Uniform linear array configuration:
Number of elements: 8
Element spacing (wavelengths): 1
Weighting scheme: exponential
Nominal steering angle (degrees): -45
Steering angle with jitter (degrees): -43.47
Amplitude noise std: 0.05
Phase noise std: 0.05

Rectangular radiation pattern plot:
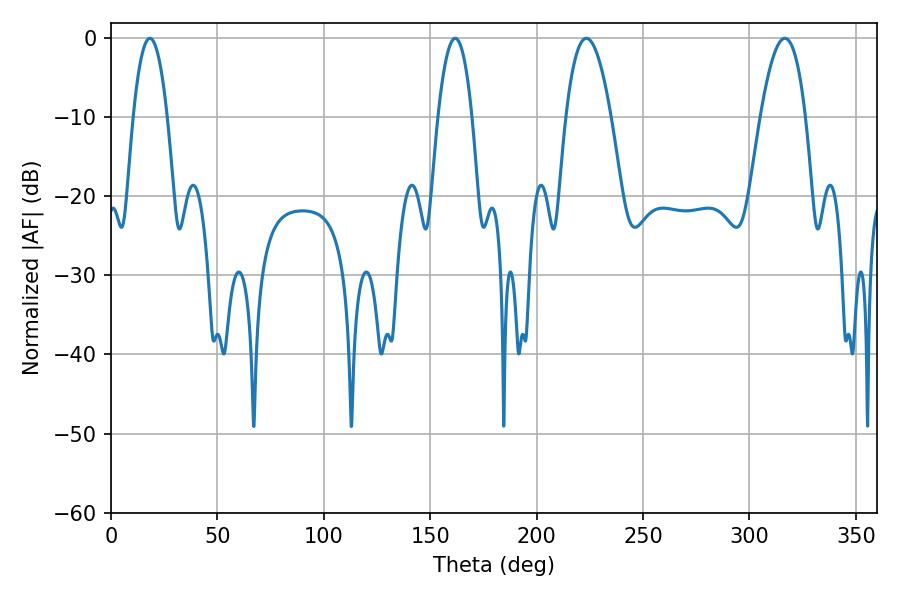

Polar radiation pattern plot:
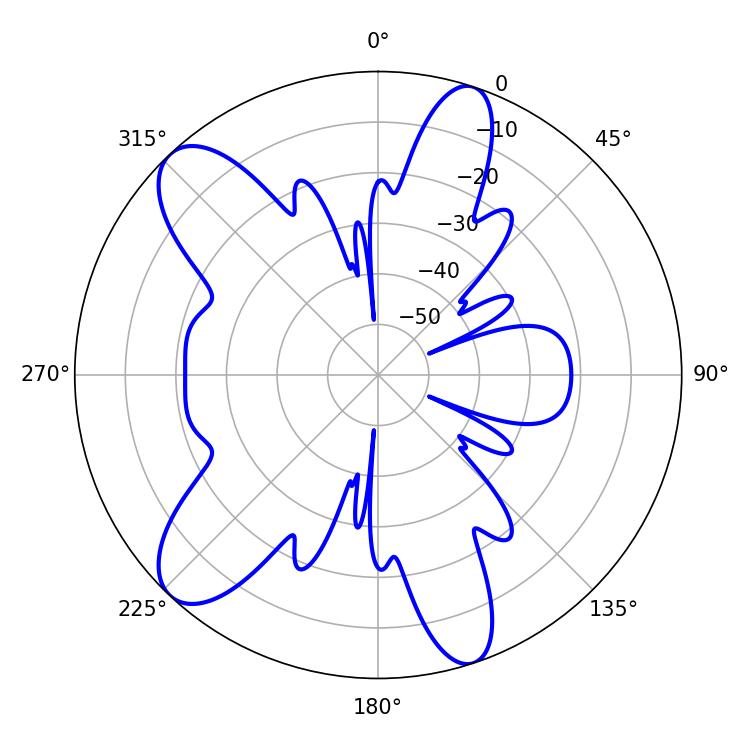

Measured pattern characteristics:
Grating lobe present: TRUE
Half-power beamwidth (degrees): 11.7
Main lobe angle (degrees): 223.38